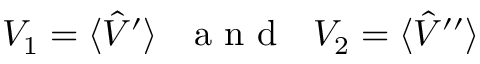
V _ { 1 } = \langle \hat { V } ^ { \prime } \rangle \mathrm { ~ \ \ a ~ n ~ d ~ \ \ } V _ { 2 } = \langle \hat { V } ^ { \prime \prime } \rangle